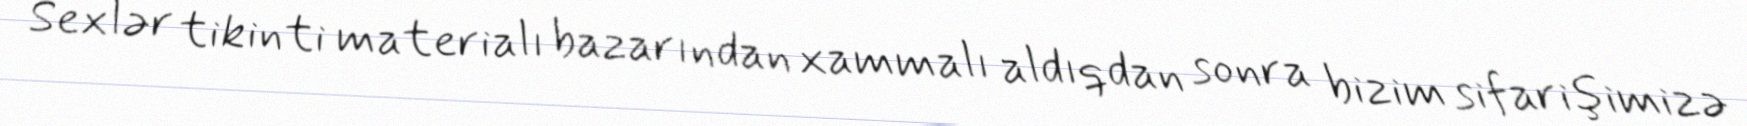
Sexlər tikinti materialı bazarından xammalı aldıqdan sonra bizim sifarişimizə